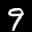
Label: 9